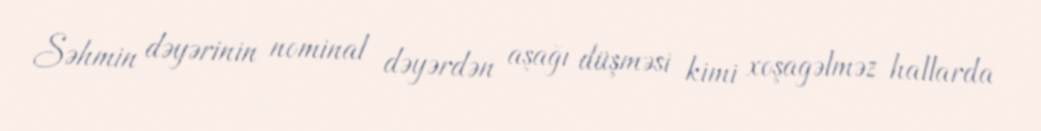
Səhmin dəyərinin nominal dəyərdən aşağı düşməsi kimi xoşagəlməz hallarda